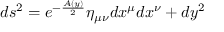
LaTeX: d s ^ { 2 } = e ^ { - \frac { A ( y ) } { 2 } } \eta _ { \mu \nu } d x ^ { \mu } d x ^ { \nu } + d y ^ { 2 }